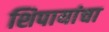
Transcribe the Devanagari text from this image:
शिपायांचा